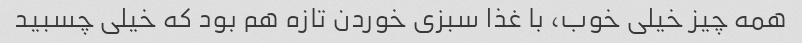
همه چیز خیلی خوب، با غذا سبزی خوردن تازه هم بود که خیلی چسبید